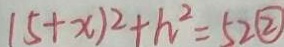
( 5 + x ) ^ { 2 } + h ^ { 2 } = 5 2 \textcircled { 2 }